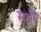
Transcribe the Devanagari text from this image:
सूररंग